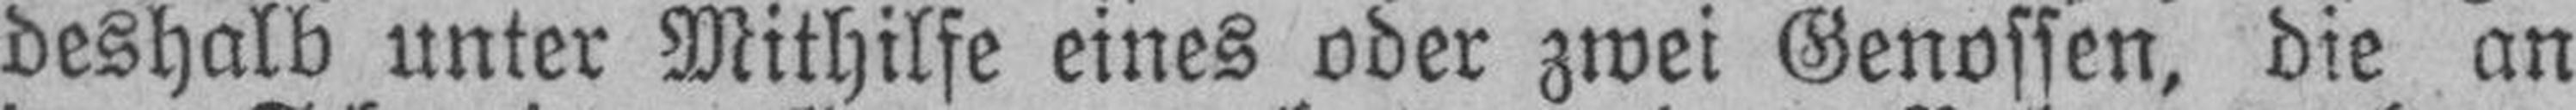
deshalb unter Mithilfe eines oder zwei Genossen, die an